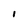
Character: l